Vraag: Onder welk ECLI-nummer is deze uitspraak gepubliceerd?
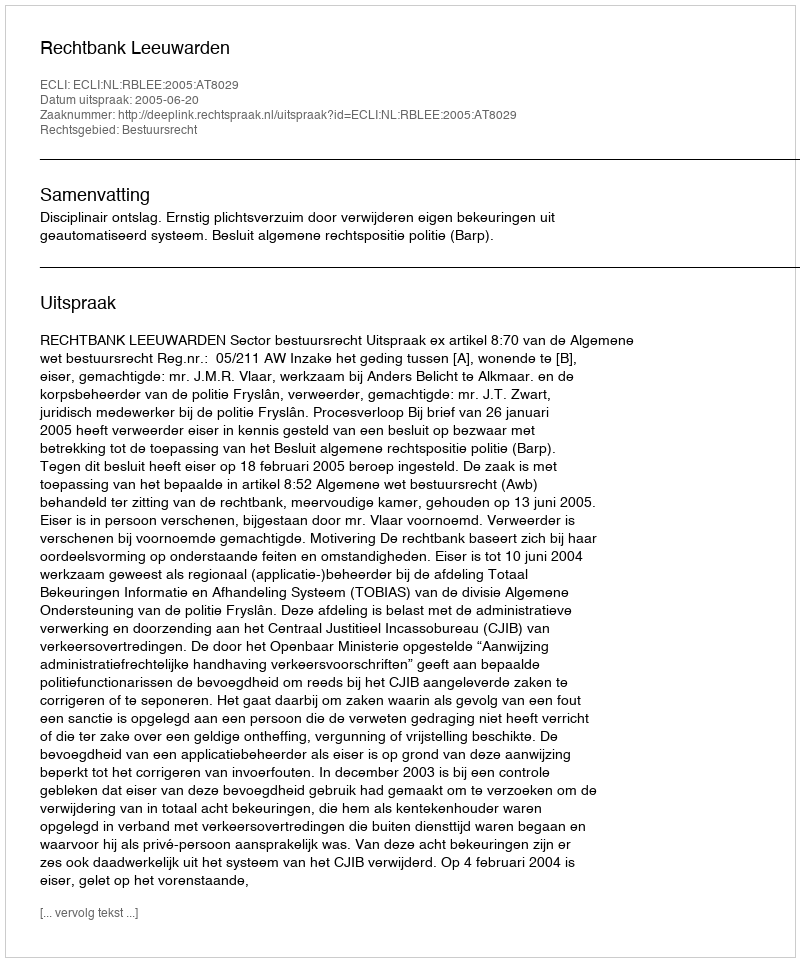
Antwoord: ECLI:NL:RBLEE:2005:AT8029